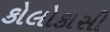
કોલોકાસી